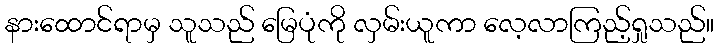
နားထောင်ရာမှ သူသည် မြေပုံကို လှမ်းယူကာ လေ့လာကြည့်ရှုသည်။